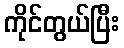
ကိုင်တွယ်ပြီး